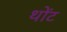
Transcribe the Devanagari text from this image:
थोंट